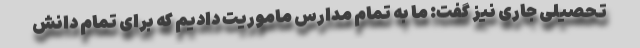
تحصیلی جاری نیز گفت: ما به تمام مدارس ماموریت دادیم که برای تمام دانش